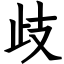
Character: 歧